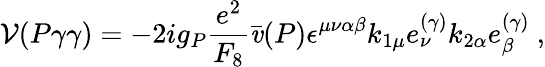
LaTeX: {\cal V}(P\gamma\gamma)=-2ig_{P}\frac{e^{2}}{F_{8}}\bar{\mathit{v}}(P)\epsilon^{\mu\nu\alpha\beta}k_{1\mu}e_{\nu}^{(\gamma)}k_{2\alpha}e_{\beta}^{(\gamma)}~,